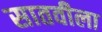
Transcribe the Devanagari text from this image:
सातवीला